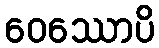
ဝေဿောပိ